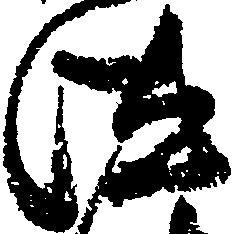
汰